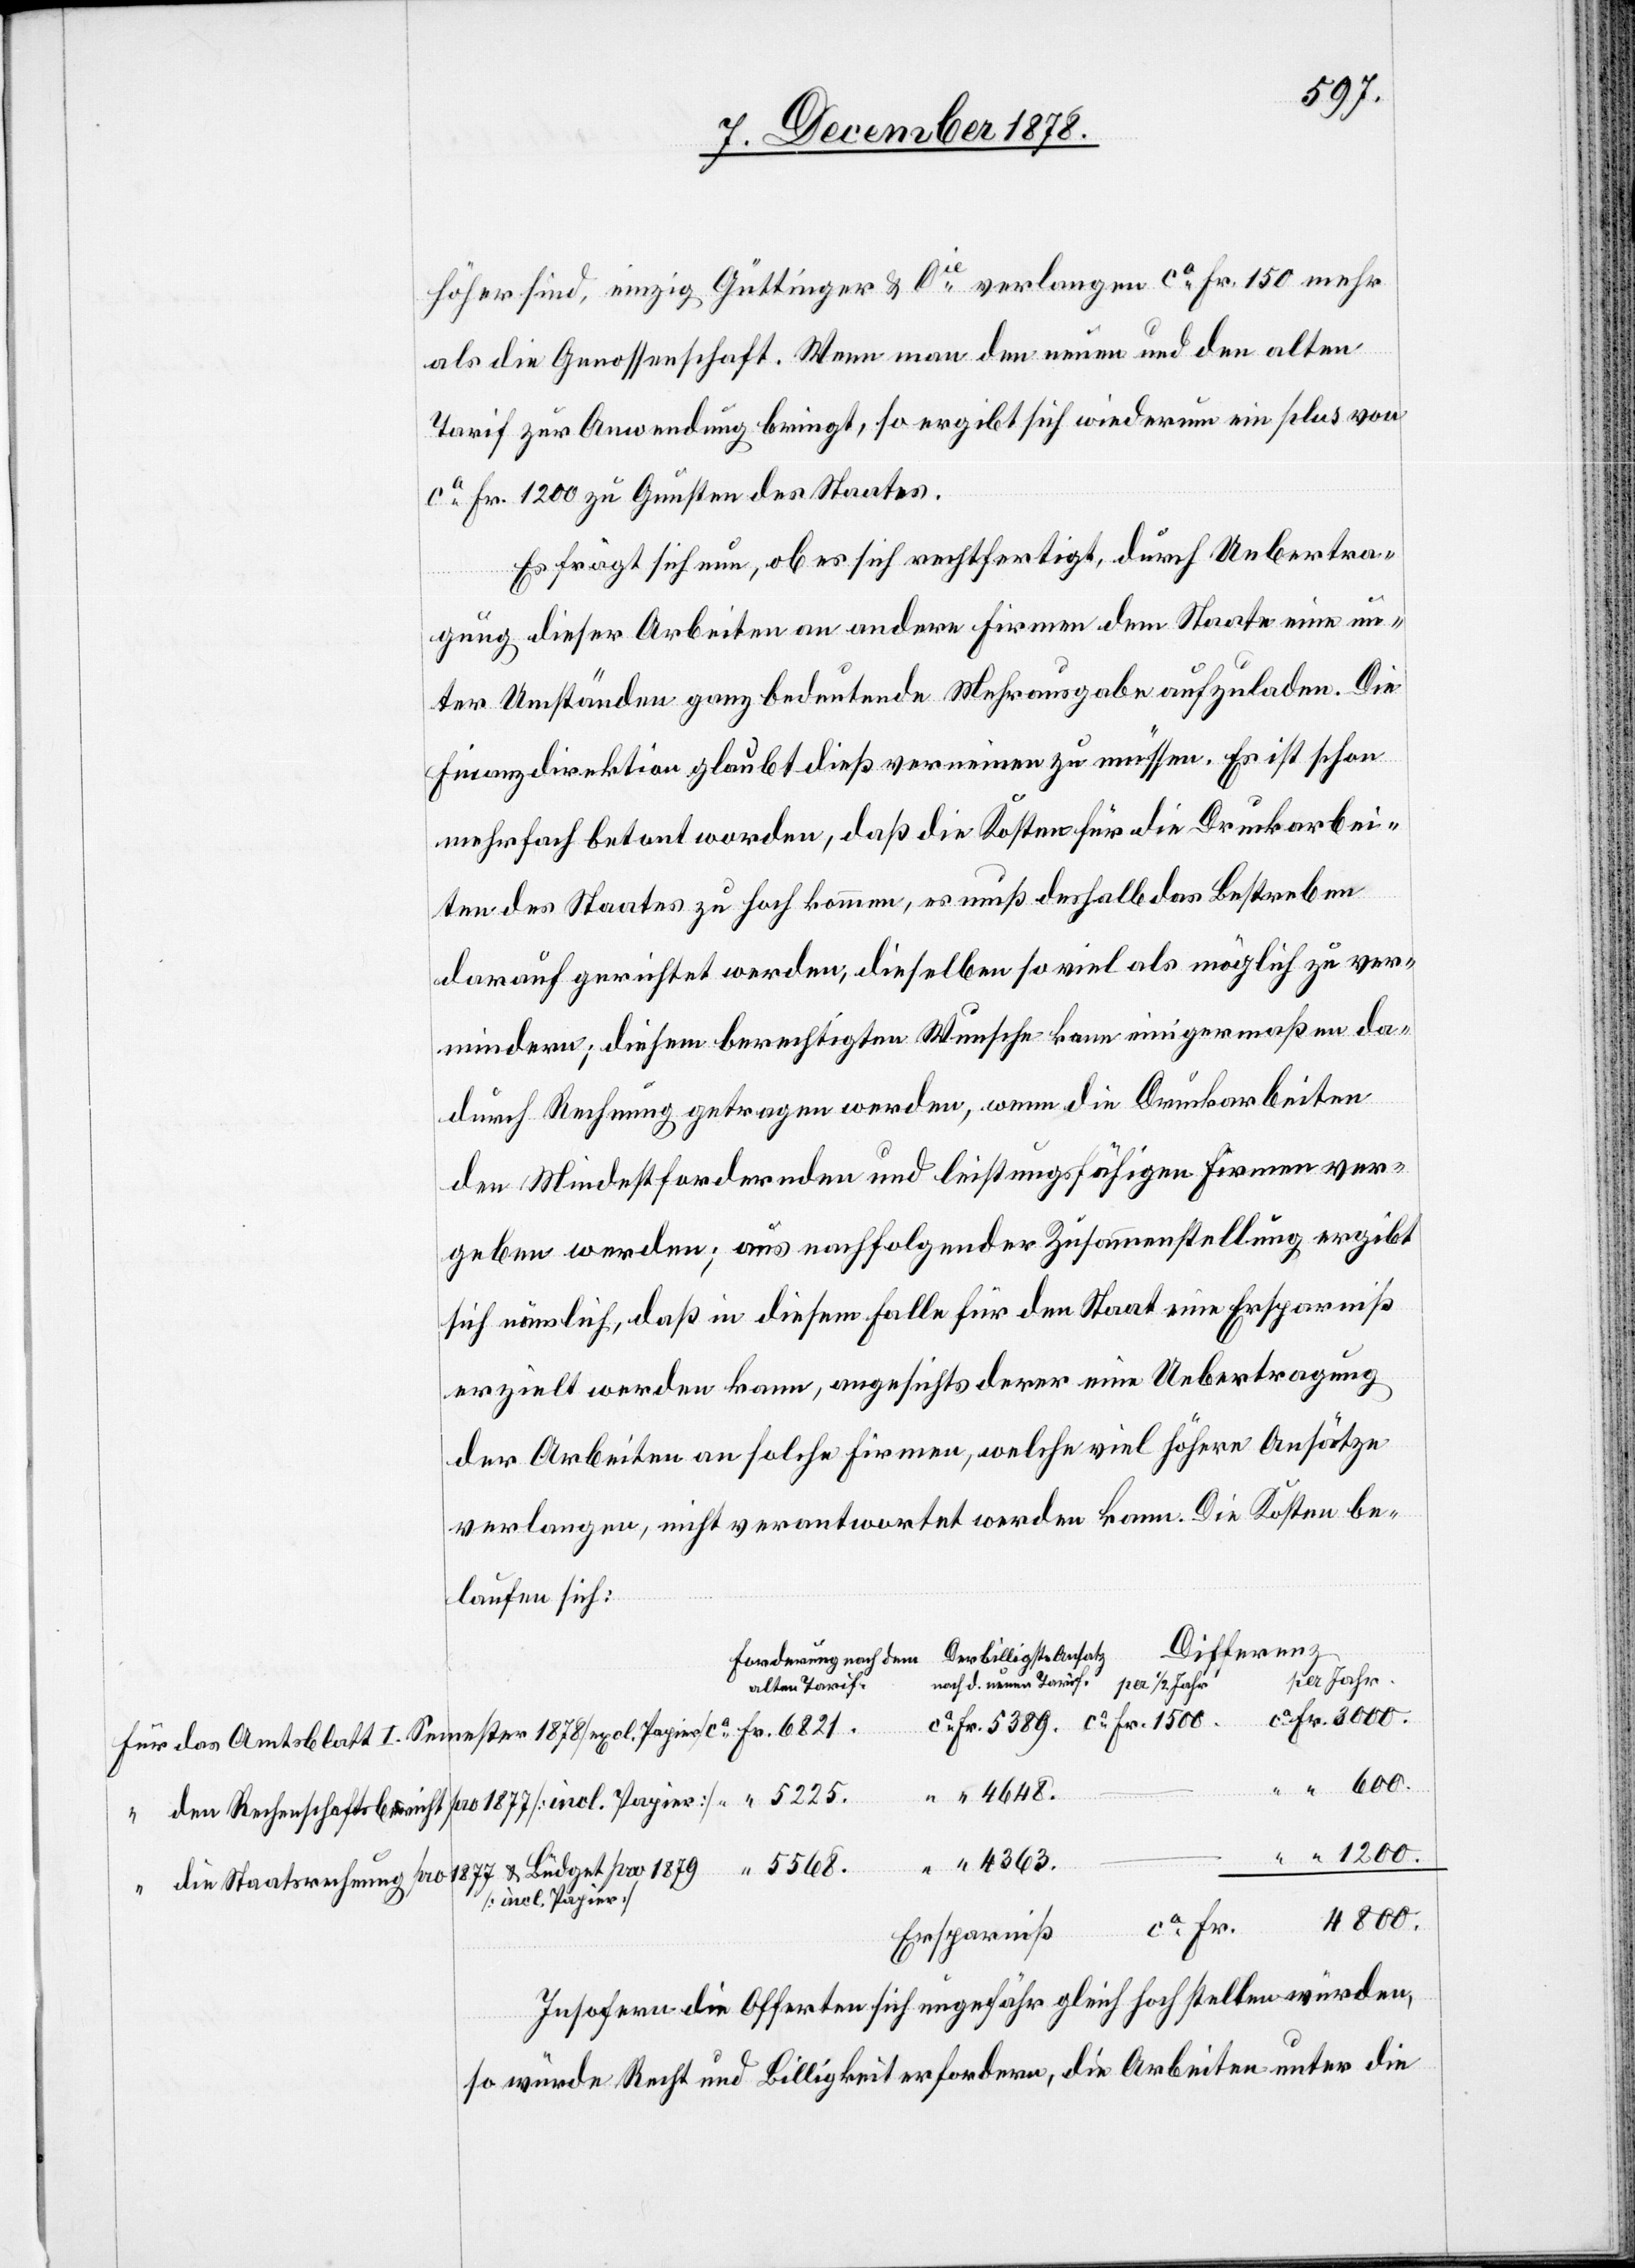
höher sind, einzig Güttinger & Cie verlangen ca Fr. 150 mehr
als die Genossenschaft. Wenn man den neuen und den alten
Tarif zur Anwendung bringt, so ergibt sich wiederum ein plus von
ca Fr. 1200 zu Gunsten des Staates.
Es frägt sich nun, ob es sich rechtfertigt, durch Uebertra¬
gung dieser Arbeiten an andere Firmen dem Staate eine un¬
ter Umständen ganz bedeutende Mehrausgabe aufzuladen. Die
Finanzdirektion glaubt dieß verneinen zu müssen. Es ist schon
mehrfach betont worden, daß die Kosten für die Druckarbei¬
ten des Staates zu hoch kommen, es muß deshalb das Bestreben
darauf gerichtet werden, dieselben so viel als möglich zu ver¬
mindern; diesem berechtigten Wunsche kann einigermaßen da¬
durch Rechnung getragen werden, wenn die Druckarbeiten
den Mindestfordernden und leistungsfähigen Firmen ver¬
geben werden; aus nachfolgender Zusammenstellung ergibt
sich nämlich, daß in diesem Falle für den Staat ein Ersparniß
erzielt werden kann, angesichts derer eine Uebertragung
der Arbeiten an solche Firmen, welche viel höhere Ansätze
verlangen, nicht verantwortet werden kann. Die Kosten be¬
laufen sich:
Differenz
per Jahr
neuen Tarif.
Für das Amtsblatt I. Semester 1878 [excl. Papier]
4648.
“ den Rechenschaftsbericht pro 1877 [incl. Papier]
4363.
5568.
“ die Staatsrechnung pro 1877 & Büdget pro 1879
[incl. Papier]
4800.
Insofern die Offerten sich ungefähr gleich hoch stellen würden,
so würde Recht und Billigkeit erfordern, die Arbeiten unter die